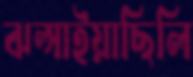
ঝল্‌সাইয়াছিলি